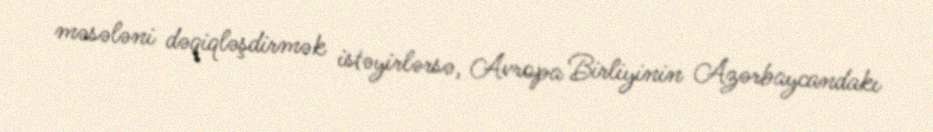
məsələni dəqiqləşdirmək istəyirlərsə, Avropa Birliyinin Azərbaycandakı